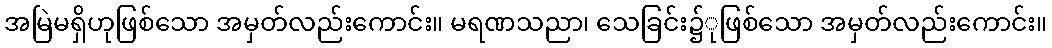
အမြဲမရှိဟုဖြစ်သော အမှတ်လည်းကောင်း။ မရဏသညာ၊ သေခြင်း၌ုဖြစ်သော အမှတ်လည်းကောင်း။